Report on sanitation, dispensaries, and jails in Rajputana for 1918, and on vaccination for the year 1918-1919 - 1918-1919
Year: 1918
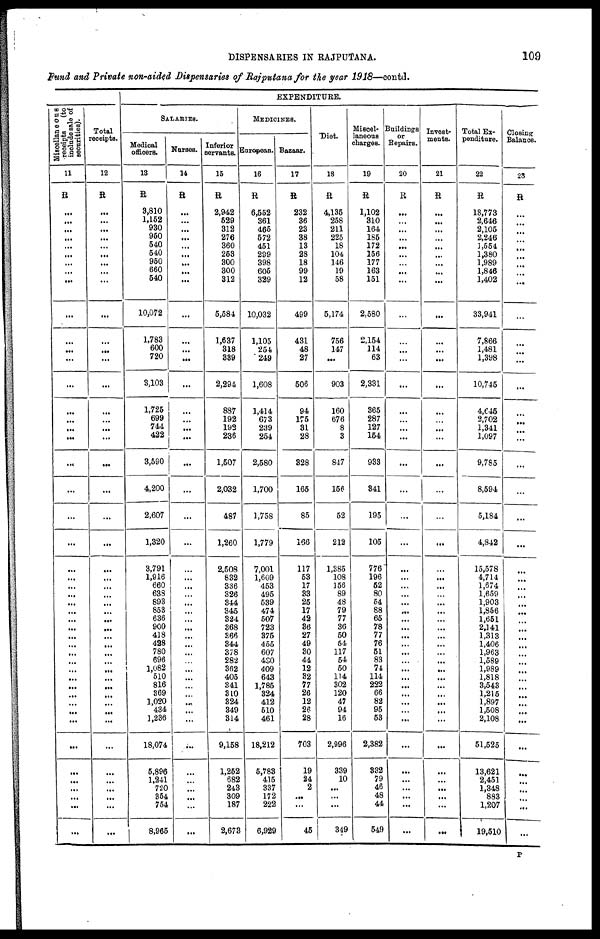
DISPENSARIES IN RAJPUTANA.
109
Fund and Private non-aided Dispensaries of Rajputana for the year 1918—contd.
Miscellaneous
receipts
(to
include sale of
securities).
11
R
...
...
...
...
...
...
...
...
...
...
...
...
...
...
...
...
...
...
...
...
...
...
...
...
...
...
...
...
...
...
...
...
...
...
...
...
...
...
...
...
...
...
...
...
...
...
...
...
Total
receipts.
12
R
...
...
...
...
...
...
...
...
...
...
...
...
...
...
...
...
...
...
...
...
...
...
...
...
...
...
...
...
...
...
...
...
...
...
...
...
...
...
...
...
...
...
...
...
...
...
...
...
EXPENDITURE.
SALARIES.
Medical
officers.
13
R
3,810
1,152
930
950
540
540
950
660
540
10,072
1,783
600
720
3,103
1,725
699
744
422
3,590
4,200
2,607
1,320
3,791
1,916
660
638
893
853
636
900
418
428
780
696
1,082
510
816
369
1,020
434
1,236
18,074
5,896
1,241
720
354
754
8,965
Nurses.
14
R
...
...
...
...
...
...
...
...
...
...
...
...
...
...
...
...
...
...
...
...
...
...
...
...
...
...
...
...
...
...
...
...
...
...
...
...
...
...
...
...
...
...
...
...
...
...
...
...
Inferior
servants.
15
R
2,942
529
312
276
360
253
300
300
312
5,584
1,637
318
339
2,294
887
192
192
236
1,507
2,032
487
1,260
2,508
832
336
326
344
345
324
368
366
344
378
282
362
405
341
310
324
349
314
9,158
1,252
682
243
309
187
2,673
MEDICINES.
European.
16
R
6,552
361
465
572
451
299
398
605
329
10,032
1,105
254
249
1,608
1,414
673
239
254
2,580
1,700
1,758
1,779
7,001
1,609
453
495
539
474
507
723
375
455
607
430
409
643
1,785
324
412
510
461
18,212
5,783
415
337
172
222
6,929
Bazaar.
17
R
232
36
23
38
13
28
18
99
12
499
431
48
27
506
94
175
31
28
328
165
85
166
117
53
17
33
25
17
42
36
27
49
30
44
12
32
77
26
12
26
28
703
19
24
2
...
...
45
Diet.
18
R
4,135
258
211
225
18
104
146
19
58
5,174
756
147
...
903
160
676
8
3
847
156
52
212
1,385
108
156
89
48
79
77
36
50
54
117
54
50
114
302
120
47
94
16
2,996
339
10
...
...
...
349
Miscel-
laneous
charges.
19
R
1,102
310
164
185
172
156
177
163
151
2,580
2,154
114
63
2,331
365
287
127
154
933
341
195
105
776
196
52
80
54
88
65
78
77
76
51
83
74
114
222
66
82
95
53
2,382
332
79
46
48
44
549
Buildings
or
Repairs.
20
R
...
...
...
...
...
...
...
...
...
...
...
...
...
...
...
...
...
...
...
...
...
...
...
...
...
...
...
...
...
...
...
...
...
...
...
...
...
...
...
...
...
...
...
...
...
...
...
...
Invest-
ments.
21
R
...
...
...
...
...
...
...
...
...
...
...
...
...
...
...
...
...
...
...
...
...
...
...
...
...
...
...
...
...
...
...
...
...
...
...
...
...
...
...
...
...
...
...
...
...
...
...
...
Total Ex-
penditure.
22
R
18,773
2,646
2,105
2,246
1,554
1,380
1,989
1,846
1,402
33,941
7,866
1,481
1,398
10,745
4,645
2,702
1,341
1,097
9,785
8,594
5,184
4,842
15,578
4,714
1,674
1,659
1,903
1,856
1,651
2,141
1,313
1,406
1,963
1,589
1,989
1,818
3,543
1,215
1,897
1,508
2,108
51,525
13,621
2,451
1,348
883
1,207
19,510
Closing
Balance.
23
R
...
...
...
...
...
...
...
...
...
...
...
...
...
...
...
...
...
...
...
...
...
...
...
...
...
...
...
...
...
...
...
...
...
...
...
...
...
...
...
...
...
...
...
...
...
...
...
...
P